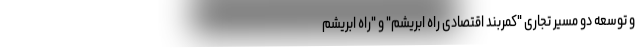
و توسعهٔ دو مسیر تجاری "کمربند اقتصادی راه ابریشم" و "راه ابریشم